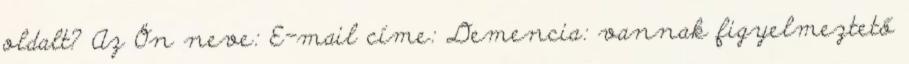
oldalt? Az Ön neve: E-mail címe: Demencia: vannak figyelmeztető